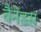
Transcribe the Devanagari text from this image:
वैनेडस